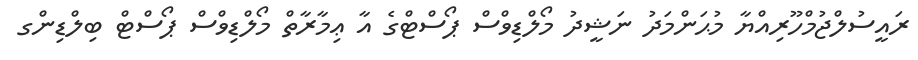
ރައީސުލްޖުމްހޫރިއްޔާ މުޙަންމަދު ނަޝީދު މޯލްޑިވްސް ޕޯސްޓްގެ އާ ޢިމާރާތް މޯލްޑިވްސް ޕޯސްޓް ބިލްޑިންގ